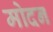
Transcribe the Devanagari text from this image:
मोदन